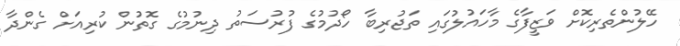
ހޭލުންތެރިކޮށް ވަޒީފާގެ މާހައުލުގައި ތަޖުރިބާ ހޯދުމުގެ ފުރުސަތު ދިނުމުގެ ގޮތުން ކުރިއަށް ގެންދާ